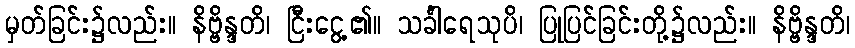
မှတ်ခြင်း၌လည်း။ နိဗ္ဗိန္ဒတိ၊ ငြီးငွေ့၏။ သင်္ခါရေသုပိ၊ ပြုပြင်ခြင်းတို့၌လည်း။ နိဗ္ဗိန္ဒတိ၊